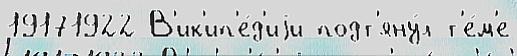
19171922 В'ик'ип'е́д'иjи подт'яну́л т'е́м'е